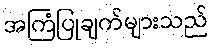
အကြံပြုချက်များသည်